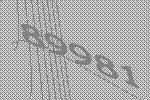
89981